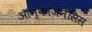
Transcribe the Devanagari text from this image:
ऑन्कोजेनेसिस